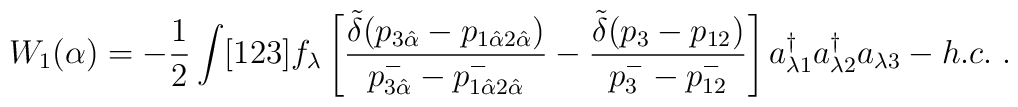
W_1(\alpha)= -\frac{1}{2} \int [123] f_\lambda\left[\frac{\tilde{\delta}(p_{3 \hat \alpha}-p_{1 \hat \alpha 2 \hat \alpha})}{p^-_{3 \hat \alpha}- p^-_{1 \hat \alpha 2 \hat \alpha}}- \frac{\tilde{\delta}(p_3-p_{12})}{p^-_3-p^-_{12}} \right]a^\dagger_{\lambda 1} a^\dagger_{\lambda 2} a_{\lambda 3} - h.c. \; .